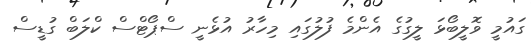
ގައުމީ ވޮލީބޯޅަ ލީގުގެ އެންމެ ފުލުގައި މިހާރު އުޅެނީ ސްޕޯޓްސް ކްލަބް ގުޑީސް